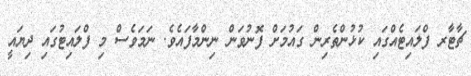
ޗާޓާރ ފްލައިޓެއްގައި ކުޅުންތެރިން ގައުމަށް ފޮނުވަން ނިންމާފައެވެ. ނަމަވެސް މި ފްލައިޓުގައި ދިޔައީ